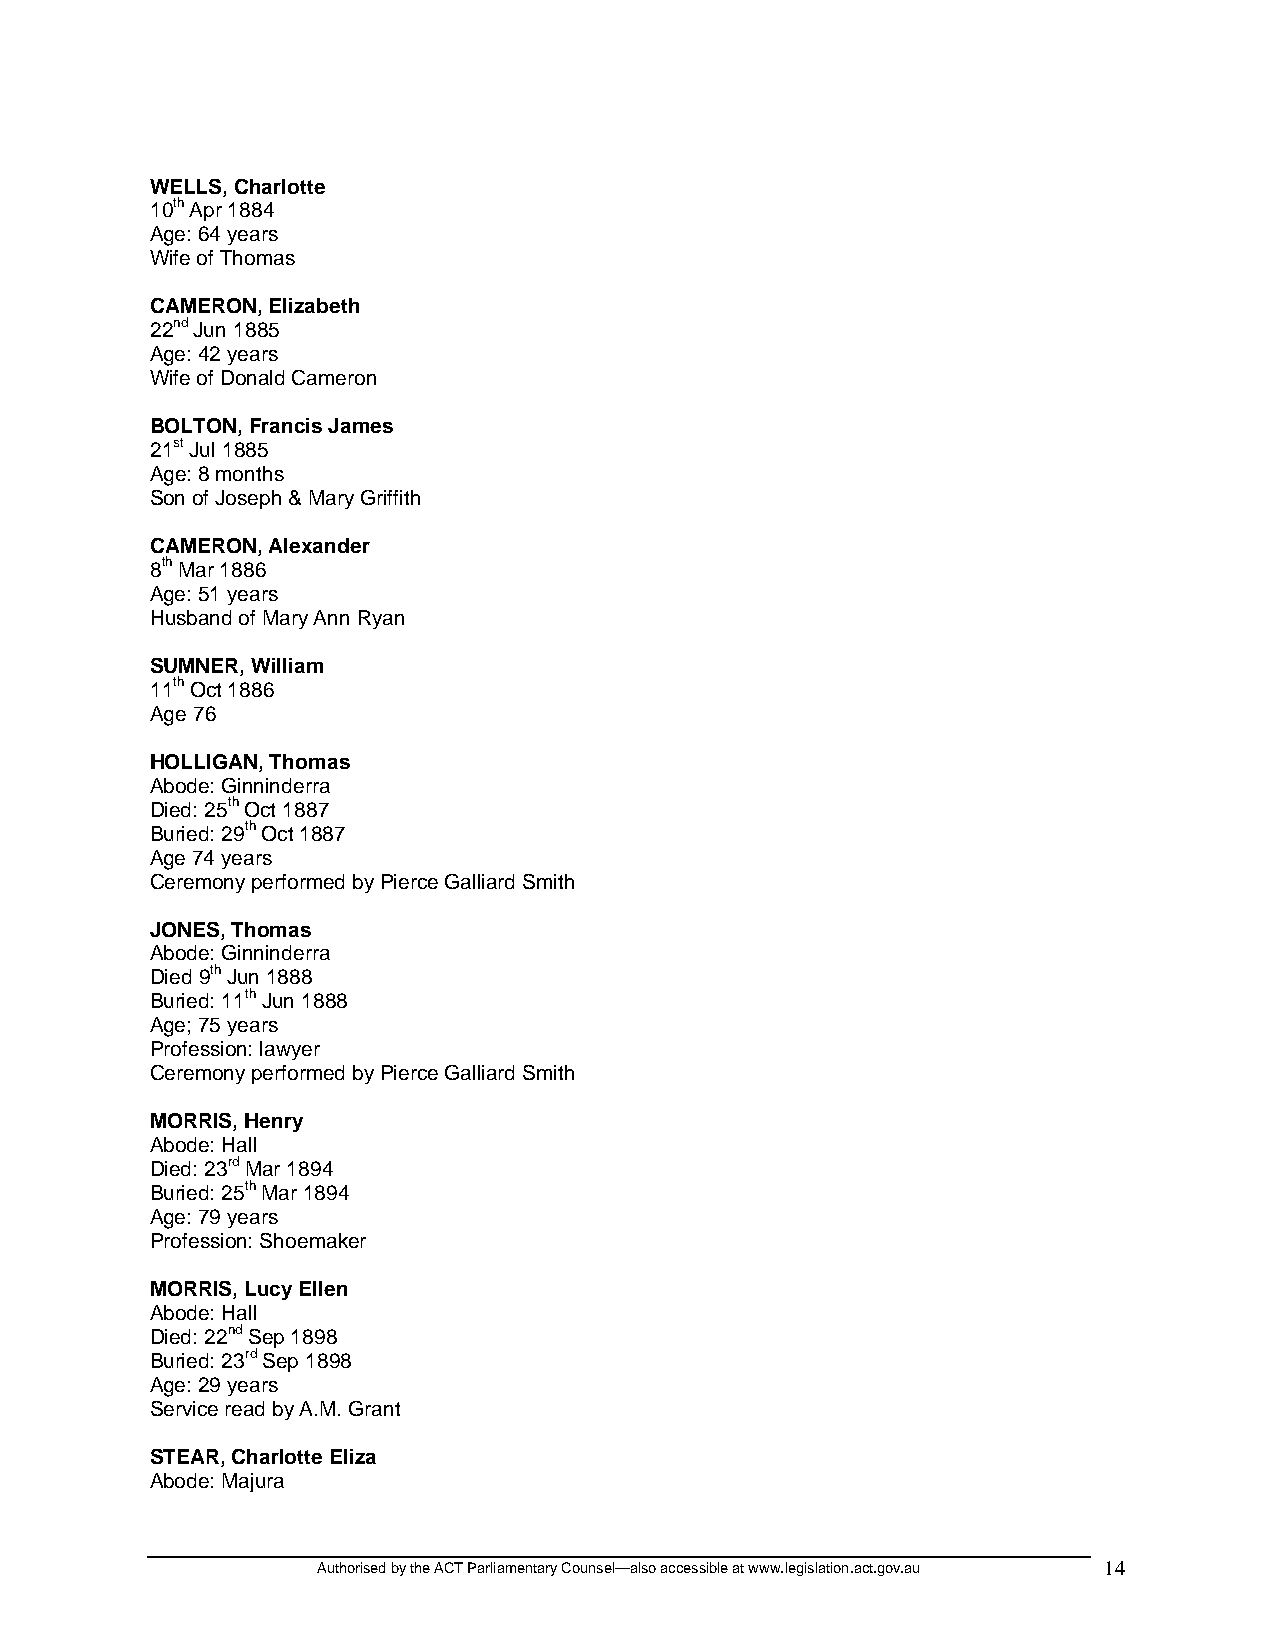
WELLS, Charlotte
 10th Apr 1884
 Age: 64 years
 Wife of Thomas
 CAMERON, Elizabeth
 22nd Jun 1885
 Age: 42 years
 Wife of Donald Cameron
 BOLTON, Francis James
 21st Jul 1885
 Age: 8 months
 Son of Joseph & Mary Griffith
 CAMERON, Alexander
 8th Mar 1886
 Age: 51 years
 Husband of Mary Ann Ryan
 SUMNER, William
 11th Oct 1886
 Age 76
 HOLLIGAN, Thomas
 Abode: Ginninderra
 Died: 25th Oct 1887
 Buried: 29th Oct 1887
 Age 74 years
 Ceremony performed by Pierce Galliard Smith
 JONES, Thomas
 Abode: Ginninderra
 Died 9th Jun 1888
 Buried: 11th Jun 1888
 Age; 75 years
 Profession: lawyer
 Ceremony performed by Pierce Galliard Smith
 MORRIS, Henry
 Abode: Hall
 Died: 23rd Mar 1894
 Buried: 25th Mar 1894
 Age: 79 years
 Profession: Shoemaker
 MORRIS, Lucy Ellen
 Abode: Hall
 Died: 22nd Sep 1898
 Buried: 23rd Sep 1898
 Age: 29 years
 Service read by A.M. Grant
 STEAR, Charlotte Eliza
 Abode: Majura
 Authorised by the ACT Parliamentary Counsel—also accessible at www.legislation.act.gov.au 14